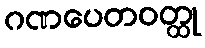
ဂဏပေတဝတ္ထု